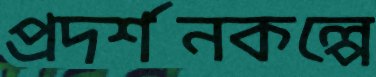
প্রদর্শনকল্পে